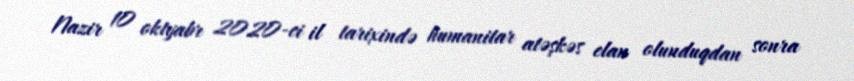
Nazir 10 oktyabr 2020-ci il tarixində humanitar atəşkəs elan olunduqdan sonra